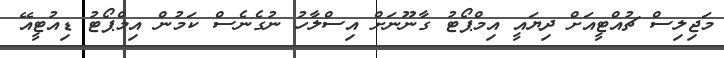
މަޖިލިސް ޗުއްޓީއަށް ދިޔައީ އިމްޕޯޓު ގާނޫނަށް އިސްލާހު ނުގެނެސް ކަމުން އިމްޕޯޓު ޑިއުޓީއޭ